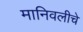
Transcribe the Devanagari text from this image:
मानिवलीचे